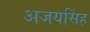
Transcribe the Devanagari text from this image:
अजयसिंह